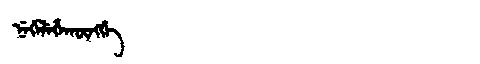
Manchu: ᠨᡝᡤᡝᠯᡝᡥᠠᡴᡡᠩᡤᡝ
Romanization: NEGELEHAKŪNGGE